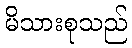
မိသားစုသည်